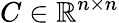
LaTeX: C\in\mathbb{R}^{n\times n}